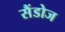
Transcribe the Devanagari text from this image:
सैंडोज